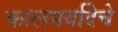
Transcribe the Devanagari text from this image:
कालमर्यादेचे